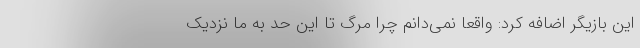
این بازیگر اضافه کرد: واقعا نمی‌دانم چرا مرگ تا این حد به ما نزدیک